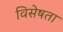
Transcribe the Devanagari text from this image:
विसेषता